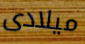
ميلادى